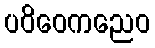
ပဝိဝေကညေဝ